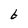
Character: b